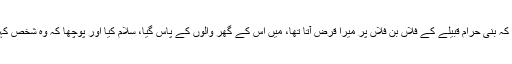
وہ بولے کہ بنی حرام قبیلے کے فلاں بن فلاں پر میرا قرض آتا تھا، میں اس کے گھر والوں کے پاس گیا، سلام کیا اور پوچھا کہ وہ شخص کہاں ہے ؟